Report on the nature of kala-azar
Disease focus: Kala-Azar
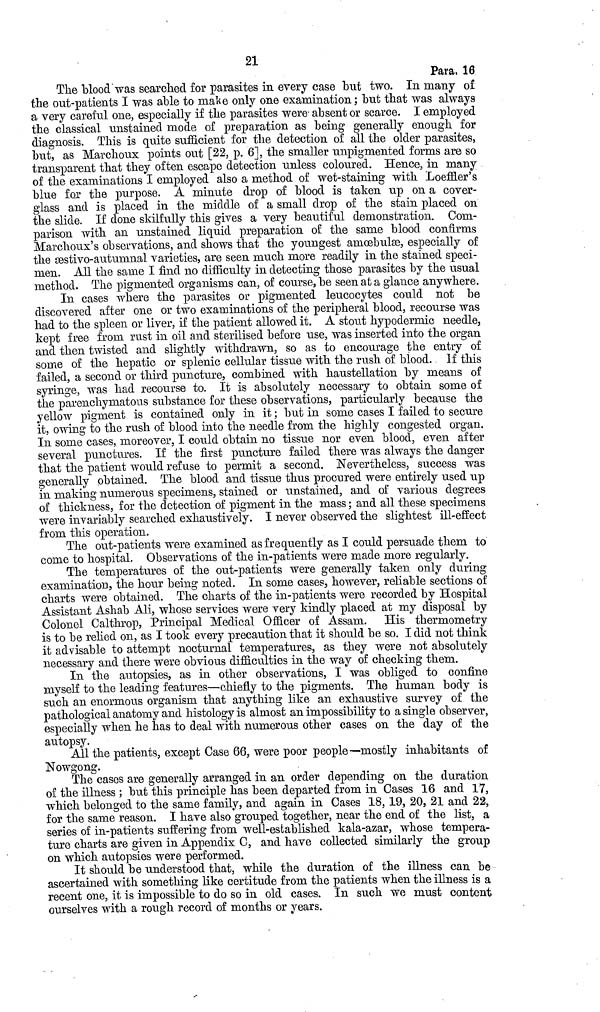
21
Para, 16
The blood was searched for parasites in every case but two. In many of
the out-patients I was able to make only one examination ; but that was always
a very careful one, especially if the parasites were absent or scarce. I employed
the classical unstained mode of preparation as being generally enough for
diagnosis. This is quite sufficient for the detection of all the older parasites,
but, as Marchoux points out [22, p. 6], the smaller unpigmented forms are so
transparent that they often escape detection unless coloured. Hence, in many
of the examinations I employed also a method of wet-staining with Loeffler's
blue for the purpose. A minute drop of blood is taken up on a cover-
glass and is placed in the middle of a small drop of the stain placed on
the slide. If done skilfully this gives a very beautiful demonstration. Com-
parison with an unstained liquid preparation of the same blood confirms
Marchoux's observations, and shows that the youngest amœbulæ, especially of
the æstivo-autumnal varieties, are seen much more readily in the stained speci-
men. All the sanie I find no difficulty in detecting those parasites by the usual
method. The pigmented organisms can, of course, be seen at a glance anywhere.
In cases where the parasites or pigmented leucocytes could not be
discovered after one or two examinations of the peripheral blood, recourse was
had to the spleen or liver, if the patient allowed it. A stout hypodermic needle,
kept free from rust in oil and sterilised before use, was inserted into the organ
and then twisted and slightly withdrawn, so as to encourage the entry of
some of the hepatic or splenic cellular tissue with the rush of blood. If this
failed, a second or third puncture, combined with haustellation by means of
syringe, was had recourse to. It is absolutely necessary to obtain some of
the parenchymatous substance for these observations, particularly because the
yellow pigment is contained only in it ; but in some cases I failed to secure
it, owing to the rush of blood into the needle from the highly congested organ.
In some cases, moreover, I could obtain no tissue nor even blood, even after
several punctures. If the first puncture failed there was always the danger
that the patient would refuse to permit a second. Nevertheless, success was
generally obtained. The blood and tissue thus procured were entirely used up
in making numerous specimens, stained or unstained, and of various degrees
of thickness, for the detection of pigment in the mass ; and all these specimens
were invariably searched exhaustively. I never observed the slightest ill-effect
from this operation.
The out-patients were examined as frequently as I could persuade them to
come to hospital. Observations of the in-patients were made more regularly.
The temperatures of the out-patients were generally taken only during
examination, the hour being noted. In some cases, however, reliable sections of
charts were obtained. The charts of the in-patients were recorded by Hospital
Assistant Ashab Ali, whose services were very kindly placed at my disposal by
Colonel Calthrop, Principal Medical Officer of Assam. His thermometry
is to be relied on, as I took every precaution that it should be so. I did not think
it advisable to attempt nocturnal temperatures, as they were not absolutely
necessary and there were obvious difficulties in the way of checking them.
In the autopsies, as in other observations, I was obliged to confine
myself to the leading features—chiefly to the pigments. The human body is
such an enormous organism that anything like an exhaustive survey of the
pathological anatomy and histology is almost an impossibility to a single observer,
especially when he has to deal with numerous other cases on the day of the
autopsy.
All the patients, except Case 66, were poor people—mostly inhabitants of
Nowgong.
The cases are generally arranged in an order depending on the duration
of the illness ; but this principle has been departed from in Cases 16 and 17,
which belonged to the same family, and again in Cases 18,19, 20, 21 and 22,
for the same reason. I have also grouped together, near the end of the list, a
series of in-patients suffering from well-established kala-azar, whose tempera-
ture charts are given in Appendix C, and have collected similarly the group
on which autopsies were performed.
It should be understood that, while the duration of the illness can be
ascertained with something like certitude from, the patients when the illness is a
recent one, it is impossible to do so in old cases. In such we must content
ourselves with a rough record of months or years.